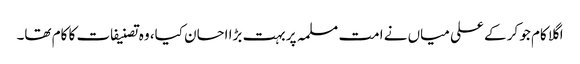
اگلا کام جو کر کے علی میاں نے امت مسلمہ پر بہت بڑا احسان کیا، وہ تصنیفات کا کام تھا۔